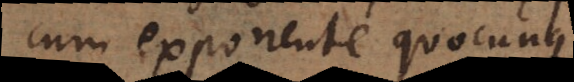
cum exponente quocunque.